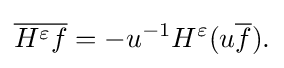
\displaystyle {{\overline {H^{\varepsilon }f}}=-u^{-1}H^{\varepsilon }(u{\overline {f}}).}